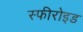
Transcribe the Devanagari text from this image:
स्फीरोइड